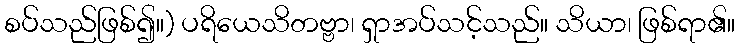
စပ်သည်ဖြစ်၍။) ပရိယေသိတဗ္ဗာ၊ ရှာအပ်သင့်သည်။ သိယာ၊ ဖြစ်ရာ၏။